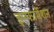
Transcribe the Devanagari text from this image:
इन्‍फार्मेशन